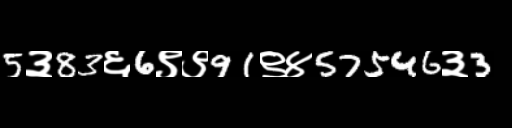
Text: 5३83६6९९91९४57546३3